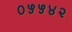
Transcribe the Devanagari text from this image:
०५५४२